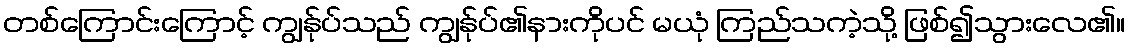
တစ်ကြောင်းကြောင့် ကျွန်ုပ်သည် ကျွန်ုပ်၏နားကိုပင် မယုံ ကြည်သကဲ့သို့ ဖြစ်၍သွားလေ၏။